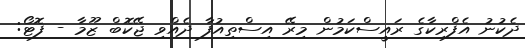
ދެކުނު އެފްރިކާގެ ރައީސްކަމުން މިރޭ އިސްތިއުފާ ދެއްވި ޖޭކޮބް ޒޫމާ - ފޮޓޯ: